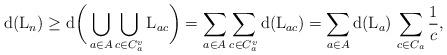
LaTeX: \begin{align*}{\rm d}({\rm L}_n) & \ge {\rm d}\bigg(\bigcup_{a\in A} \bigcup_{c\in C_a^v}{\rm L}_{ac}\bigg) = \sum_{a\in A}\sum_{c\in C_a^v}{\rm d}({\rm L}_{ac}) = \sum_{a\in A}{\rm d}({\rm L}_a)\,\sum_{c\in C_a}\frac{1}{c},\end{align*}